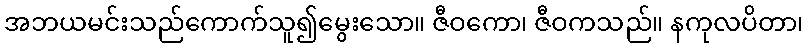
အဘယမင်းသည်ကောက်သူ၍မွေးသော။ ဇီဝကော၊ ဇီဝကသည်။ နကုလပိတာ၊